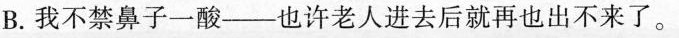
B.我不禁鼻子一酸---也许老人进去后就再也出不来了。